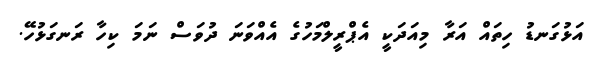
އަޅުގަނޑު ހިތައް އަރާ މިއަދަކީ އެޕްރީލްމަހުގެ އެއްވަނަ ދުވަސް ނަމަ ކިހާ ރަނގަޅުހޭ.